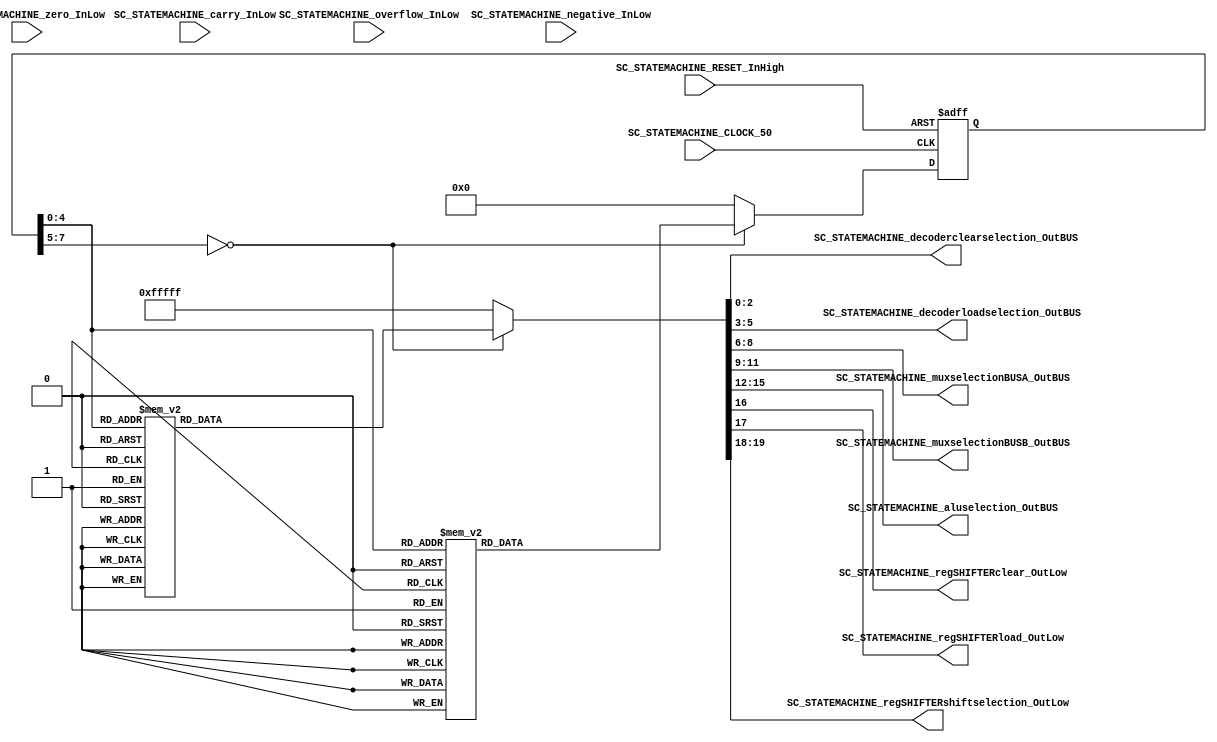
/*######################################################################
//#	G0B1T: HDL EXAMPLES. 2018.
//######################################################################
//# Copyright (C) 2018. F.E.Segura-Quijano (FES) fsegura@uniandes.edu.co
//# 
//# This program is free software: you can redistribute it and/or modify
//# it under the terms of the GNU General Public License as published by
//# the Free Software Foundation, version 3 of the License.
//#
//# This program is distributed in the hope that it will be useful,
//# but WITHOUT ANY WARRANTY; without even the implied warranty of
//# MERCHANTABILITY or FITNESS FOR A PARTICULAR PURPOSE.  See the
//# GNU General Public License for more details.
//#
//# You should have received a copy of the GNU General Public License
//# along with this program.  If not, see <http://www.gnu.org/licenses/>
//####################################################################*/
//=======================================================
//  MODULE Definition
//=======================================================

/*
Presentado por: 
	* Tony Santiago Montes Buitrago - 202014562
	* Alejandro Pasachoa Aranguren - 202014669

DESCRIPCIN ALGORITMO:
	La seal RESET inicia el algoritmo, y lo enva al estado State_START_0.
	Inicialmente el algoritmo pasa los valores de los registros fijos 0 y 1 a los registros generales
	RegGENERAL_u0 y RegGENERAL_u1 respectivamente; luego de esto comienza la parte iterativa.
	PARTE ITERATIVA:
		Se suman mediante la ALU los registros RegGENERAL_u0 y RegGENERAL_u1 y se carga el valor resultado
		al registro RegGENERAL_u3, en el cul est la salida, posteriormente se mueve el valor del registro
		RegGENERAL_u1 al registro RegGENERAL_u0, y luego el valor del resgistro RegGENERAL_u3 al registro
		RegGENERAL_u1. 
		Finalmente, se enva al estado State_RESULT_0 para indicar que ha terminado una iteracin; el resultado
		ser el valor almacenado en el registro RegGENERAL_u3.
		Se inicia una nueva iteracin.
*/

module SC_STATEMACHINE #(parameter DATAWIDTH_DECODER_SELECTION=3, parameter DATAWIDTH_MUX_SELECTION=3, parameter DATAWIDTH_ALU_SELECTION=4,  parameter DATAWIDTH_REGSHIFTER_SELECTION=2 ) (
	//////////// OUTPUTS //////////
	SC_STATEMACHINE_decoderclearselection_OutBUS,
	SC_STATEMACHINE_decoderloadselection_OutBUS,
	SC_STATEMACHINE_muxselectionBUSA_OutBUS,
	SC_STATEMACHINE_muxselectionBUSB_OutBUS,
	SC_STATEMACHINE_aluselection_OutBUS,
	SC_STATEMACHINE_regSHIFTERclear_OutLow,
	SC_STATEMACHINE_regSHIFTERload_OutLow,
	SC_STATEMACHINE_regSHIFTERshiftselection_OutLow,
	//////////// INPUTS //////////
	SC_STATEMACHINE_CLOCK_50,
	SC_STATEMACHINE_RESET_InHigh,
	SC_STATEMACHINE_overflow_InLow,
	SC_STATEMACHINE_carry_InLow,
	SC_STATEMACHINE_negative_InLow,
	SC_STATEMACHINE_zero_InLow
);	
//=======================================================
//  PARAMETER declarations
//=======================================================
// states declaration
localparam State_RESET_0							= 0;
localparam State_START_0							= 1;
localparam State_MOVFIXED0_0						= 2;
localparam State_MOVFIXED0_1						= 3;
localparam State_MOVFIXED0_2						= 4;
localparam State_MOVFIXED1_0						= 5;
localparam State_MOVFIXED1_1						= 6;
localparam State_MOVFIXED1_2						= 7;
localparam State_SUM_0								= 8;
localparam State_SUM_1								= 9;
localparam State_SUM_2								= 10;
localparam State_MOVReg1to0_0						= 11;
localparam State_MOVReg1to0_1						= 12;
localparam State_MOVReg1to0_2						= 13;
localparam State_MOVReg3to1_0						= 14;
localparam State_MOVReg3to1_1						= 15;
localparam State_MOVReg3to1_2						= 16;
localparam State_RESULT_0							= 17;
localparam State_END_0								= 18;
//=======================================================
//  PORT declarations
//=======================================================
output reg	[DATAWIDTH_DECODER_SELECTION-1:0] SC_STATEMACHINE_decoderclearselection_OutBUS;
output reg	[DATAWIDTH_DECODER_SELECTION-1:0] SC_STATEMACHINE_decoderloadselection_OutBUS;
output reg	[DATAWIDTH_MUX_SELECTION-1:0] SC_STATEMACHINE_muxselectionBUSA_OutBUS;
output reg	[DATAWIDTH_MUX_SELECTION-1:0] SC_STATEMACHINE_muxselectionBUSB_OutBUS;
output reg	[DATAWIDTH_ALU_SELECTION-1:0] SC_STATEMACHINE_aluselection_OutBUS;
output reg	SC_STATEMACHINE_regSHIFTERclear_OutLow;
output reg	SC_STATEMACHINE_regSHIFTERload_OutLow;
output reg	[DATAWIDTH_REGSHIFTER_SELECTION-1:0] SC_STATEMACHINE_regSHIFTERshiftselection_OutLow;
input		SC_STATEMACHINE_CLOCK_50;
input		SC_STATEMACHINE_RESET_InHigh;
input		SC_STATEMACHINE_overflow_InLow;	
input		SC_STATEMACHINE_carry_InLow;	
input		SC_STATEMACHINE_negative_InLow;	
input		SC_STATEMACHINE_zero_InLow;		
//=======================================================
//  REG/WIRE declarations
//=======================================================
reg [7:0] State_Register;
reg [7:0] State_Signal;
//=======================================================
//  Structural coding
//=======================================================
//=========================================================
// ADD: RegGEN3 = RegFIX0 + RegFIX1
//=========================================================
//INPUT LOGIC: COMBINATIONAL
// NEXT STATE LOGIC : COMBINATIONAL
always @(*)
case (State_Register)
//TO INIT REGISTERS
	State_RESET_0: State_Signal = 		State_START_0;
	State_START_0: State_Signal = 		State_MOVFIXED0_0;
	State_MOVFIXED0_0: State_Signal = 	State_MOVFIXED0_1;
	State_MOVFIXED0_1: State_Signal = 	State_MOVFIXED0_2;
	State_MOVFIXED0_2: State_Signal = 	State_MOVFIXED1_0;
	State_MOVFIXED1_0: State_Signal = 	State_MOVFIXED1_1;
	State_MOVFIXED1_1: State_Signal = 	State_MOVFIXED1_2;
	State_MOVFIXED1_2: State_Signal = 	State_SUM_0;
	State_SUM_0: State_Signal = 			State_SUM_1;
	State_SUM_1: State_Signal = 			State_SUM_2;
	State_SUM_2: State_Signal = 			State_MOVReg1to0_0;
	State_MOVReg1to0_0: State_Signal = 	State_MOVReg1to0_1;
	State_MOVReg1to0_1: State_Signal = 	State_MOVReg1to0_2;
	State_MOVReg1to0_2: State_Signal = 	State_MOVReg3to1_0;
	State_MOVReg3to1_0: State_Signal = 	State_MOVReg3to1_1;
	State_MOVReg3to1_1: State_Signal = 	State_MOVReg3to1_2;
	State_MOVReg3to1_2: State_Signal = 	State_RESULT_0;
	State_RESULT_0: State_Signal = 		State_SUM_0; 
	State_END_0: State_Signal = 			State_END_0;
	default : State_Signal = 				State_RESET_0;
endcase
	
// STATE REGISTER : SEQUENTIAL
always @ ( posedge SC_STATEMACHINE_CLOCK_50 , posedge SC_STATEMACHINE_RESET_InHigh)
if (SC_STATEMACHINE_RESET_InHigh==1)
	State_Register <= State_RESET_0;
else
	State_Register <= State_Signal;
//=======================================================
//  Outputs
//=======================================================
// OUTPUT LOGIC : COMBINATIONAL
always @ (*)
case (State_Register)
//=========================================================
// RESET_0 STATE
//=========================================================
State_RESET_0 :	
	begin
		SC_STATEMACHINE_decoderclearselection_OutBUS = 3'b111;
		SC_STATEMACHINE_decoderloadselection_OutBUS = 3'b111;
		SC_STATEMACHINE_muxselectionBUSA_OutBUS = 3'b111;				
		SC_STATEMACHINE_muxselectionBUSB_OutBUS = 3'b111;			
		SC_STATEMACHINE_aluselection_OutBUS = 4'b1111;
		SC_STATEMACHINE_regSHIFTERclear_OutLow = 1;
		SC_STATEMACHINE_regSHIFTERload_OutLow = 1;
		SC_STATEMACHINE_regSHIFTERshiftselection_OutLow = 2'b11;
	end
//=========================================================
// START_0 STATE
//=========================================================
State_START_0 :	
	begin
		SC_STATEMACHINE_decoderclearselection_OutBUS = 3'b111;
		SC_STATEMACHINE_decoderloadselection_OutBUS = 3'b111;
		SC_STATEMACHINE_muxselectionBUSA_OutBUS = 3'b111;
		SC_STATEMACHINE_muxselectionBUSB_OutBUS = 3'b111;
		SC_STATEMACHINE_aluselection_OutBUS = 4'b1111;
		SC_STATEMACHINE_regSHIFTERclear_OutLow = 1;
		SC_STATEMACHINE_regSHIFTERload_OutLow = 1;
		SC_STATEMACHINE_regSHIFTERshiftselection_OutLow = 2'b11;
	end
//=========================================================
// MOVFIXED0_0 STATE
//=========================================================
State_MOVFIXED0_0 :
	begin
		SC_STATEMACHINE_decoderclearselection_OutBUS = 3'b111;
		SC_STATEMACHINE_decoderloadselection_OutBUS = 3'b111;
		SC_STATEMACHINE_muxselectionBUSA_OutBUS = 3'b100; //RegA == RegFIXED_u0 == 0
		SC_STATEMACHINE_muxselectionBUSB_OutBUS = 3'b111;
		SC_STATEMACHINE_aluselection_OutBUS = 4'b0000; //Result == RegFIXED_u0 == 0
		SC_STATEMACHINE_regSHIFTERclear_OutLow = 1;
		SC_STATEMACHINE_regSHIFTERload_OutLow = 1;
		SC_STATEMACHINE_regSHIFTERshiftselection_OutLow = 2'b11;
	end
//=========================================================
// MOVFIXED0_1 STATE
//=========================================================
State_MOVFIXED0_1 :
	begin
		SC_STATEMACHINE_decoderclearselection_OutBUS = 3'b111;
		SC_STATEMACHINE_decoderloadselection_OutBUS = 3'b111;
		SC_STATEMACHINE_muxselectionBUSA_OutBUS = 3'b100; //RegA == RegFIXED_u0 == 0
		SC_STATEMACHINE_muxselectionBUSB_OutBUS = 3'b111;
		SC_STATEMACHINE_aluselection_OutBUS = 4'b0000; //Result == RegFIXED_u0 == 0
		SC_STATEMACHINE_regSHIFTERclear_OutLow = 1;
		SC_STATEMACHINE_regSHIFTERload_OutLow = 0; //Load Result
		SC_STATEMACHINE_regSHIFTERshiftselection_OutLow = 2'b11;
	end
//=========================================================
// MOVFIXED0_2 STATE
//=========================================================
State_MOVFIXED0_2 :
	begin
		SC_STATEMACHINE_decoderclearselection_OutBUS = 3'b111;
		SC_STATEMACHINE_decoderloadselection_OutBUS = 3'b000; //Load Result to RegGENERAL_u0
		SC_STATEMACHINE_muxselectionBUSA_OutBUS = 3'b111;
		SC_STATEMACHINE_muxselectionBUSB_OutBUS = 3'b111;
		SC_STATEMACHINE_aluselection_OutBUS = 4'b1111;
		SC_STATEMACHINE_regSHIFTERclear_OutLow = 1;
		SC_STATEMACHINE_regSHIFTERload_OutLow = 1;
		SC_STATEMACHINE_regSHIFTERshiftselection_OutLow = 2'b11;
	end
//=========================================================
// MOVFIXED1_0 STATE
//=========================================================
State_MOVFIXED1_0 :
	begin
		SC_STATEMACHINE_decoderclearselection_OutBUS = 3'b111;
		SC_STATEMACHINE_decoderloadselection_OutBUS = 3'b111;
		SC_STATEMACHINE_muxselectionBUSA_OutBUS = 3'b101; //RegA == RegFIXED_u1 == 1
		SC_STATEMACHINE_muxselectionBUSB_OutBUS = 3'b111;
		SC_STATEMACHINE_aluselection_OutBUS = 4'b0000; //Result == RegFIXED_u1 == 1 
		SC_STATEMACHINE_regSHIFTERclear_OutLow = 1;
		SC_STATEMACHINE_regSHIFTERload_OutLow = 1;
		SC_STATEMACHINE_regSHIFTERshiftselection_OutLow = 2'b11;
	end
//=========================================================
// MOVFIXED1_1 STATE
//=========================================================
State_MOVFIXED1_1 :
	begin
		SC_STATEMACHINE_decoderclearselection_OutBUS = 3'b111;
		SC_STATEMACHINE_decoderloadselection_OutBUS = 3'b111;
		SC_STATEMACHINE_muxselectionBUSA_OutBUS = 3'b101; //RegA == RegFIXED_u1 == 1
		SC_STATEMACHINE_muxselectionBUSB_OutBUS = 3'b111;
		SC_STATEMACHINE_aluselection_OutBUS = 4'b0000; //Result == RegFIXED_u1 == 1
		SC_STATEMACHINE_regSHIFTERclear_OutLow = 1;
		SC_STATEMACHINE_regSHIFTERload_OutLow = 0; //Load Result
		SC_STATEMACHINE_regSHIFTERshiftselection_OutLow = 2'b11;
	end
//=========================================================
// MOVFIXED1_2 STATE
//=========================================================
State_MOVFIXED1_2 :
	begin
		SC_STATEMACHINE_decoderclearselection_OutBUS = 3'b111;
		SC_STATEMACHINE_decoderloadselection_OutBUS = 3'b001; //Load Result to RegGENERAL_u1
		SC_STATEMACHINE_muxselectionBUSA_OutBUS = 3'b111;
		SC_STATEMACHINE_muxselectionBUSB_OutBUS = 3'b111;
		SC_STATEMACHINE_aluselection_OutBUS = 4'b1111;
		SC_STATEMACHINE_regSHIFTERclear_OutLow = 1;
		SC_STATEMACHINE_regSHIFTERload_OutLow = 1;
		SC_STATEMACHINE_regSHIFTERshiftselection_OutLow = 2'b11;
	end
//=========================================================
// SUM_0 STATE
//=========================================================
State_SUM_0 :
	begin
		SC_STATEMACHINE_decoderclearselection_OutBUS = 3'b111;
		SC_STATEMACHINE_decoderloadselection_OutBUS = 3'b111;
		SC_STATEMACHINE_muxselectionBUSA_OutBUS = 3'b000; //RegA == RegGENERAL_u0
		SC_STATEMACHINE_muxselectionBUSB_OutBUS = 3'b001; //RegB == RegGENERAL_u1
		SC_STATEMACHINE_aluselection_OutBUS = 4'b1000; //Result == RegA + RegB
		SC_STATEMACHINE_regSHIFTERclear_OutLow = 1;
		SC_STATEMACHINE_regSHIFTERload_OutLow = 1;
		SC_STATEMACHINE_regSHIFTERshiftselection_OutLow = 2'b11;
	end
//=========================================================
// SUM_1 STATE
//=========================================================
State_SUM_1 :
	begin
		SC_STATEMACHINE_decoderclearselection_OutBUS = 3'b111;
		SC_STATEMACHINE_decoderloadselection_OutBUS = 3'b111;
		SC_STATEMACHINE_muxselectionBUSA_OutBUS = 3'b000; //RegA == RegGENERAL_u0
		SC_STATEMACHINE_muxselectionBUSB_OutBUS = 3'b001; //RegB == RegGENERAL_u1
		SC_STATEMACHINE_aluselection_OutBUS = 4'b1000; //Result == RegA + RegB
		SC_STATEMACHINE_regSHIFTERclear_OutLow = 1;
		SC_STATEMACHINE_regSHIFTERload_OutLow = 0; //Load result
		SC_STATEMACHINE_regSHIFTERshiftselection_OutLow = 2'b11;
	end
//=========================================================
// SUM_2 STATE
//=========================================================
State_SUM_2 :
	begin
		SC_STATEMACHINE_decoderclearselection_OutBUS = 3'b111;
		SC_STATEMACHINE_decoderloadselection_OutBUS = 3'b011; //Load Result to RegGENERAL_u3
		SC_STATEMACHINE_muxselectionBUSA_OutBUS = 3'b111;
		SC_STATEMACHINE_muxselectionBUSB_OutBUS = 3'b111;
		SC_STATEMACHINE_aluselection_OutBUS = 4'b1111;
		SC_STATEMACHINE_regSHIFTERclear_OutLow = 1;
		SC_STATEMACHINE_regSHIFTERload_OutLow = 1;
		SC_STATEMACHINE_regSHIFTERshiftselection_OutLow = 2'b11;
	end
//=========================================================
// State_MOVReg1to0_0 STATE
//=========================================================
State_MOVReg1to0_0 :
	begin
		SC_STATEMACHINE_decoderclearselection_OutBUS = 3'b111;
		SC_STATEMACHINE_decoderloadselection_OutBUS = 3'b111;
		SC_STATEMACHINE_muxselectionBUSA_OutBUS = 3'b001; //RegA == RegGENERAL_u1
		SC_STATEMACHINE_muxselectionBUSB_OutBUS = 3'b111;
		SC_STATEMACHINE_aluselection_OutBUS = 4'b0000; //Result == RegA == RegGENERAL_u1
		SC_STATEMACHINE_regSHIFTERclear_OutLow = 1;
		SC_STATEMACHINE_regSHIFTERload_OutLow = 1;
		SC_STATEMACHINE_regSHIFTERshiftselection_OutLow = 2'b11;
	end
//=========================================================
// State_MOVReg1to0_1 STATE
//=========================================================
State_MOVReg1to0_1 :
	begin
		SC_STATEMACHINE_decoderclearselection_OutBUS = 3'b111;
		SC_STATEMACHINE_decoderloadselection_OutBUS = 3'b111;
		SC_STATEMACHINE_muxselectionBUSA_OutBUS = 3'b001; //RegA == RegGENERAL_u1
		SC_STATEMACHINE_muxselectionBUSB_OutBUS = 3'b111;
		SC_STATEMACHINE_aluselection_OutBUS = 4'b0000; //Result == RegA == RegGENERAL_u1
		SC_STATEMACHINE_regSHIFTERclear_OutLow = 1;
		SC_STATEMACHINE_regSHIFTERload_OutLow = 0; //Load Result
		SC_STATEMACHINE_regSHIFTERshiftselection_OutLow = 2'b11;
	end
//=========================================================
// State_MOVReg1to0_2 STATE
//=========================================================
State_MOVReg1to0_2 :
	begin
		SC_STATEMACHINE_decoderclearselection_OutBUS = 3'b111;
		SC_STATEMACHINE_decoderloadselection_OutBUS = 3'b000; //Load Result to RegGENERAL_u0
		SC_STATEMACHINE_muxselectionBUSA_OutBUS = 3'b111;
		SC_STATEMACHINE_muxselectionBUSB_OutBUS = 3'b111;
		SC_STATEMACHINE_aluselection_OutBUS = 4'b1111;
		SC_STATEMACHINE_regSHIFTERclear_OutLow = 1;
		SC_STATEMACHINE_regSHIFTERload_OutLow = 1;
		SC_STATEMACHINE_regSHIFTERshiftselection_OutLow = 2'b11;
	end
//=========================================================
// State_MOVReg3to1_0 STATE
//=========================================================
State_MOVReg3to1_0 :
	begin
		SC_STATEMACHINE_decoderclearselection_OutBUS = 3'b111;
		SC_STATEMACHINE_decoderloadselection_OutBUS = 3'b111;
		SC_STATEMACHINE_muxselectionBUSA_OutBUS = 3'b011; //RegA == RegGENERAL_u3
		SC_STATEMACHINE_muxselectionBUSB_OutBUS = 3'b111;
		SC_STATEMACHINE_aluselection_OutBUS = 4'b0000; //Result == RegA == RegGENERAL_u3
		SC_STATEMACHINE_regSHIFTERclear_OutLow = 1;
		SC_STATEMACHINE_regSHIFTERload_OutLow = 1;
		SC_STATEMACHINE_regSHIFTERshiftselection_OutLow = 2'b11;
	end
//=========================================================
// State_MOVReg3to1_1 STATE
//=========================================================
State_MOVReg3to1_1 :
	begin
		SC_STATEMACHINE_decoderclearselection_OutBUS = 3'b111;
		SC_STATEMACHINE_decoderloadselection_OutBUS = 3'b111;
		SC_STATEMACHINE_muxselectionBUSA_OutBUS = 3'b011; //RegA == RegGENERAL_u3
		SC_STATEMACHINE_muxselectionBUSB_OutBUS = 3'b111;
		SC_STATEMACHINE_aluselection_OutBUS = 4'b0000; //Result == RegA == RegGENERAL_u3
		SC_STATEMACHINE_regSHIFTERclear_OutLow = 1;
		SC_STATEMACHINE_regSHIFTERload_OutLow = 0; //Load Result
		SC_STATEMACHINE_regSHIFTERshiftselection_OutLow = 2'b11;
	end
//=========================================================
// State_MOVRe3to1_2 STATE
//=========================================================
State_MOVReg3to1_2 :
	begin
		SC_STATEMACHINE_decoderclearselection_OutBUS = 3'b111;
		SC_STATEMACHINE_decoderloadselection_OutBUS = 3'b001; //Load Result to RegGENERAL_u1
		SC_STATEMACHINE_muxselectionBUSA_OutBUS = 3'b111;
		SC_STATEMACHINE_muxselectionBUSB_OutBUS = 3'b111;
		SC_STATEMACHINE_aluselection_OutBUS = 4'b1111;
		SC_STATEMACHINE_regSHIFTERclear_OutLow = 1;
		SC_STATEMACHINE_regSHIFTERload_OutLow = 1;
		SC_STATEMACHINE_regSHIFTERshiftselection_OutLow = 2'b11;
	end
//=========================================================
// RESULT_0 STATE
//=========================================================
State_RESULT_0 :	// Next number STATE
	begin	
		SC_STATEMACHINE_decoderclearselection_OutBUS = 3'b111;
		SC_STATEMACHINE_decoderloadselection_OutBUS = 3'b111;
		SC_STATEMACHINE_muxselectionBUSA_OutBUS = 3'b111;				
		SC_STATEMACHINE_muxselectionBUSB_OutBUS = 3'b111;				
		SC_STATEMACHINE_aluselection_OutBUS = 4'b1111;
		SC_STATEMACHINE_regSHIFTERclear_OutLow = 1;
		SC_STATEMACHINE_regSHIFTERload_OutLow = 1;						
		SC_STATEMACHINE_regSHIFTERshiftselection_OutLow = 2'b11;		
	end	
//=========================================================
// END STATE
//=========================================================
State_END_0 :	
	begin	
		SC_STATEMACHINE_decoderclearselection_OutBUS = 3'b111;
		SC_STATEMACHINE_decoderloadselection_OutBUS = 3'b111;
		SC_STATEMACHINE_muxselectionBUSA_OutBUS = 3'b111;				
		SC_STATEMACHINE_muxselectionBUSB_OutBUS = 3'b111;				
		SC_STATEMACHINE_aluselection_OutBUS = 4'b1111;
		SC_STATEMACHINE_regSHIFTERclear_OutLow = 1;
		SC_STATEMACHINE_regSHIFTERload_OutLow = 1;						
		SC_STATEMACHINE_regSHIFTERshiftselection_OutLow = 2'b11;		
	end	
//=========================================================
// DEFAULT 
//=========================================================
default:	
	begin	
		SC_STATEMACHINE_decoderclearselection_OutBUS = 3'b111;
		SC_STATEMACHINE_decoderloadselection_OutBUS = 3'b111;
		SC_STATEMACHINE_muxselectionBUSA_OutBUS = 3'b111;
		SC_STATEMACHINE_muxselectionBUSB_OutBUS = 3'b111;
		SC_STATEMACHINE_aluselection_OutBUS = 4'b1111;
		SC_STATEMACHINE_regSHIFTERclear_OutLow = 1;
		SC_STATEMACHINE_regSHIFTERload_OutLow = 1;
		SC_STATEMACHINE_regSHIFTERshiftselection_OutLow = 2'b11;
	end
endcase

endmodule